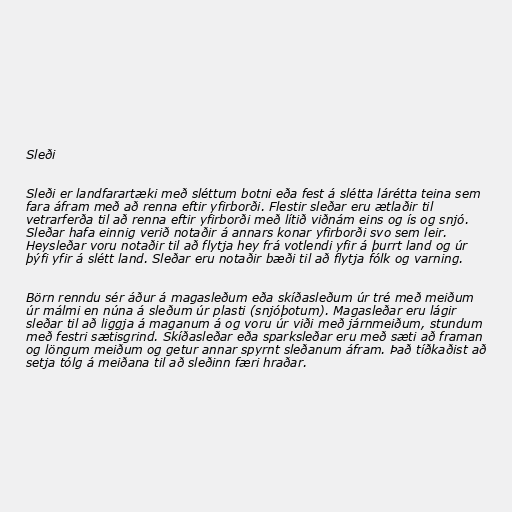
Sleði

Sleði er landfarartæki með sléttum botni eða fest á slétta lárétta teina sem
fara áfram með að renna eftir yfirborði. Flestir sleðar eru ætlaðir til
vetrarferða til að renna eftir yfirborði með lítið viðnám eins og ís og snjó.
Sleðar hafa einnig verið notaðir á annars konar yfirborði svo sem leir.
Heysleðar voru notaðir til að flytja hey frá votlendi yfir á þurrt land og úr
þýfi yfir á slétt land. Sleðar eru notaðir bæði til að flytja fólk og varning.

Börn renndu sér áður á magasleðum eða skíðasleðum úr tré með meiðum
úr málmi en núna á sleðum úr plasti (snjóþotum). Magasleðar eru lágir
sleðar til að liggja á maganum á og voru úr viði með járnmeiðum, stundum
með festri sætisgrind. Skíðasleðar eða sparksleðar eru með sæti að framan
og löngum meiðum og getur annar spyrnt sleðanum áfram. Það tíðkaðist að
setja tólg á meiðana til að sleðinn færi hraðar.